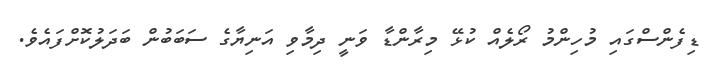
ޑިފެންސްގައި މުހިންމު ރޯލެއް ކުޅޭ މިރާންޑާ ވަނީ ދިމާވި އަނިޔާގެ ސަބަބުން ބަދަލުކޮށްފައެވެ.